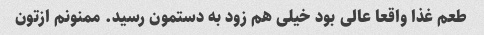
طعم غذا واقعا عالی بود خیلی هم زود به دستمون رسید. ممنونم ازتون